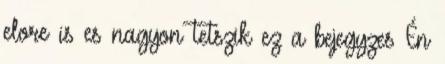
elore is es nagyon tetszik ez a bejegyzes Én